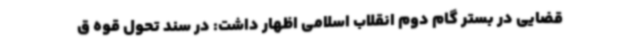
قضایی در بستر گام دوم انقلاب اسلامی اظهار داشت: در سند تحول قوه ق